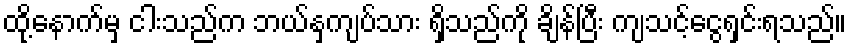
ထို့နောက်မှ ငါးသည်က ဘယ်နှကျပ်သား ရှိသည်ကို ချိန်ပြီး ကျသင့်ငွေရှင်းရသည်။